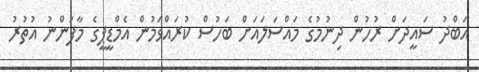
އަބްދު ސައީދަށް ރުހުން ދިނުމުގެ މައްސަލައަށް ބަހުސް ކުރައްވަމުން އެމްޑީޕީގެ މާފަންނު އުތުރު